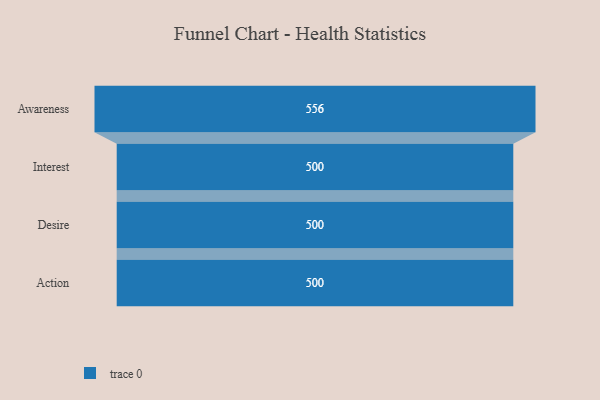
{"axis": {"x": "Stage", "y": "Value"}, "legend": [""], "data": [{"x": "Awareness", "y": 556.0, "type": ""}, {"x": "Interest", "y": 500, "type": ""}, {"x": "Desire", "y": 500, "type": ""}, {"x": "Action", "y": 500, "type": ""}]}